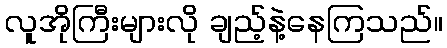
လူအိုကြီးများလို ချည့်နဲ့နေကြသည်။